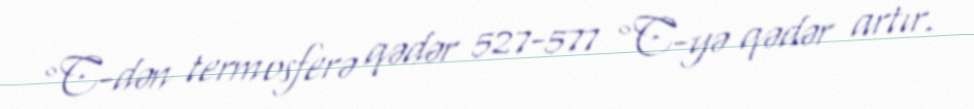
°C-dən termosferə qədər 527-577 °C-yə qədər artır.